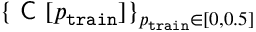
\{ \textsf { C } [ { p _ { \mathtt { t r a i n } } } ] \} _ { { p _ { \mathtt { t r a i n } } } \in [ 0 , 0 . 5 ] }